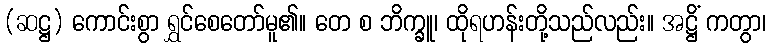
(ဆဋ္ဌ) ကောင်းစွာ ရွှင်စေတော်မူ၏။ တေ စ ဘိက္ခူ၊ ထိုရဟန်းတို့သည်လည်း။ အဋ္ဌိံ ကတွာ၊